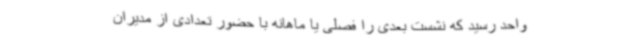
واحد رسید که نشست بعدی را فصلی یا ماهانه با حضور تعدادی از مدیران